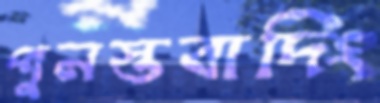
পুনস্তবাদিং